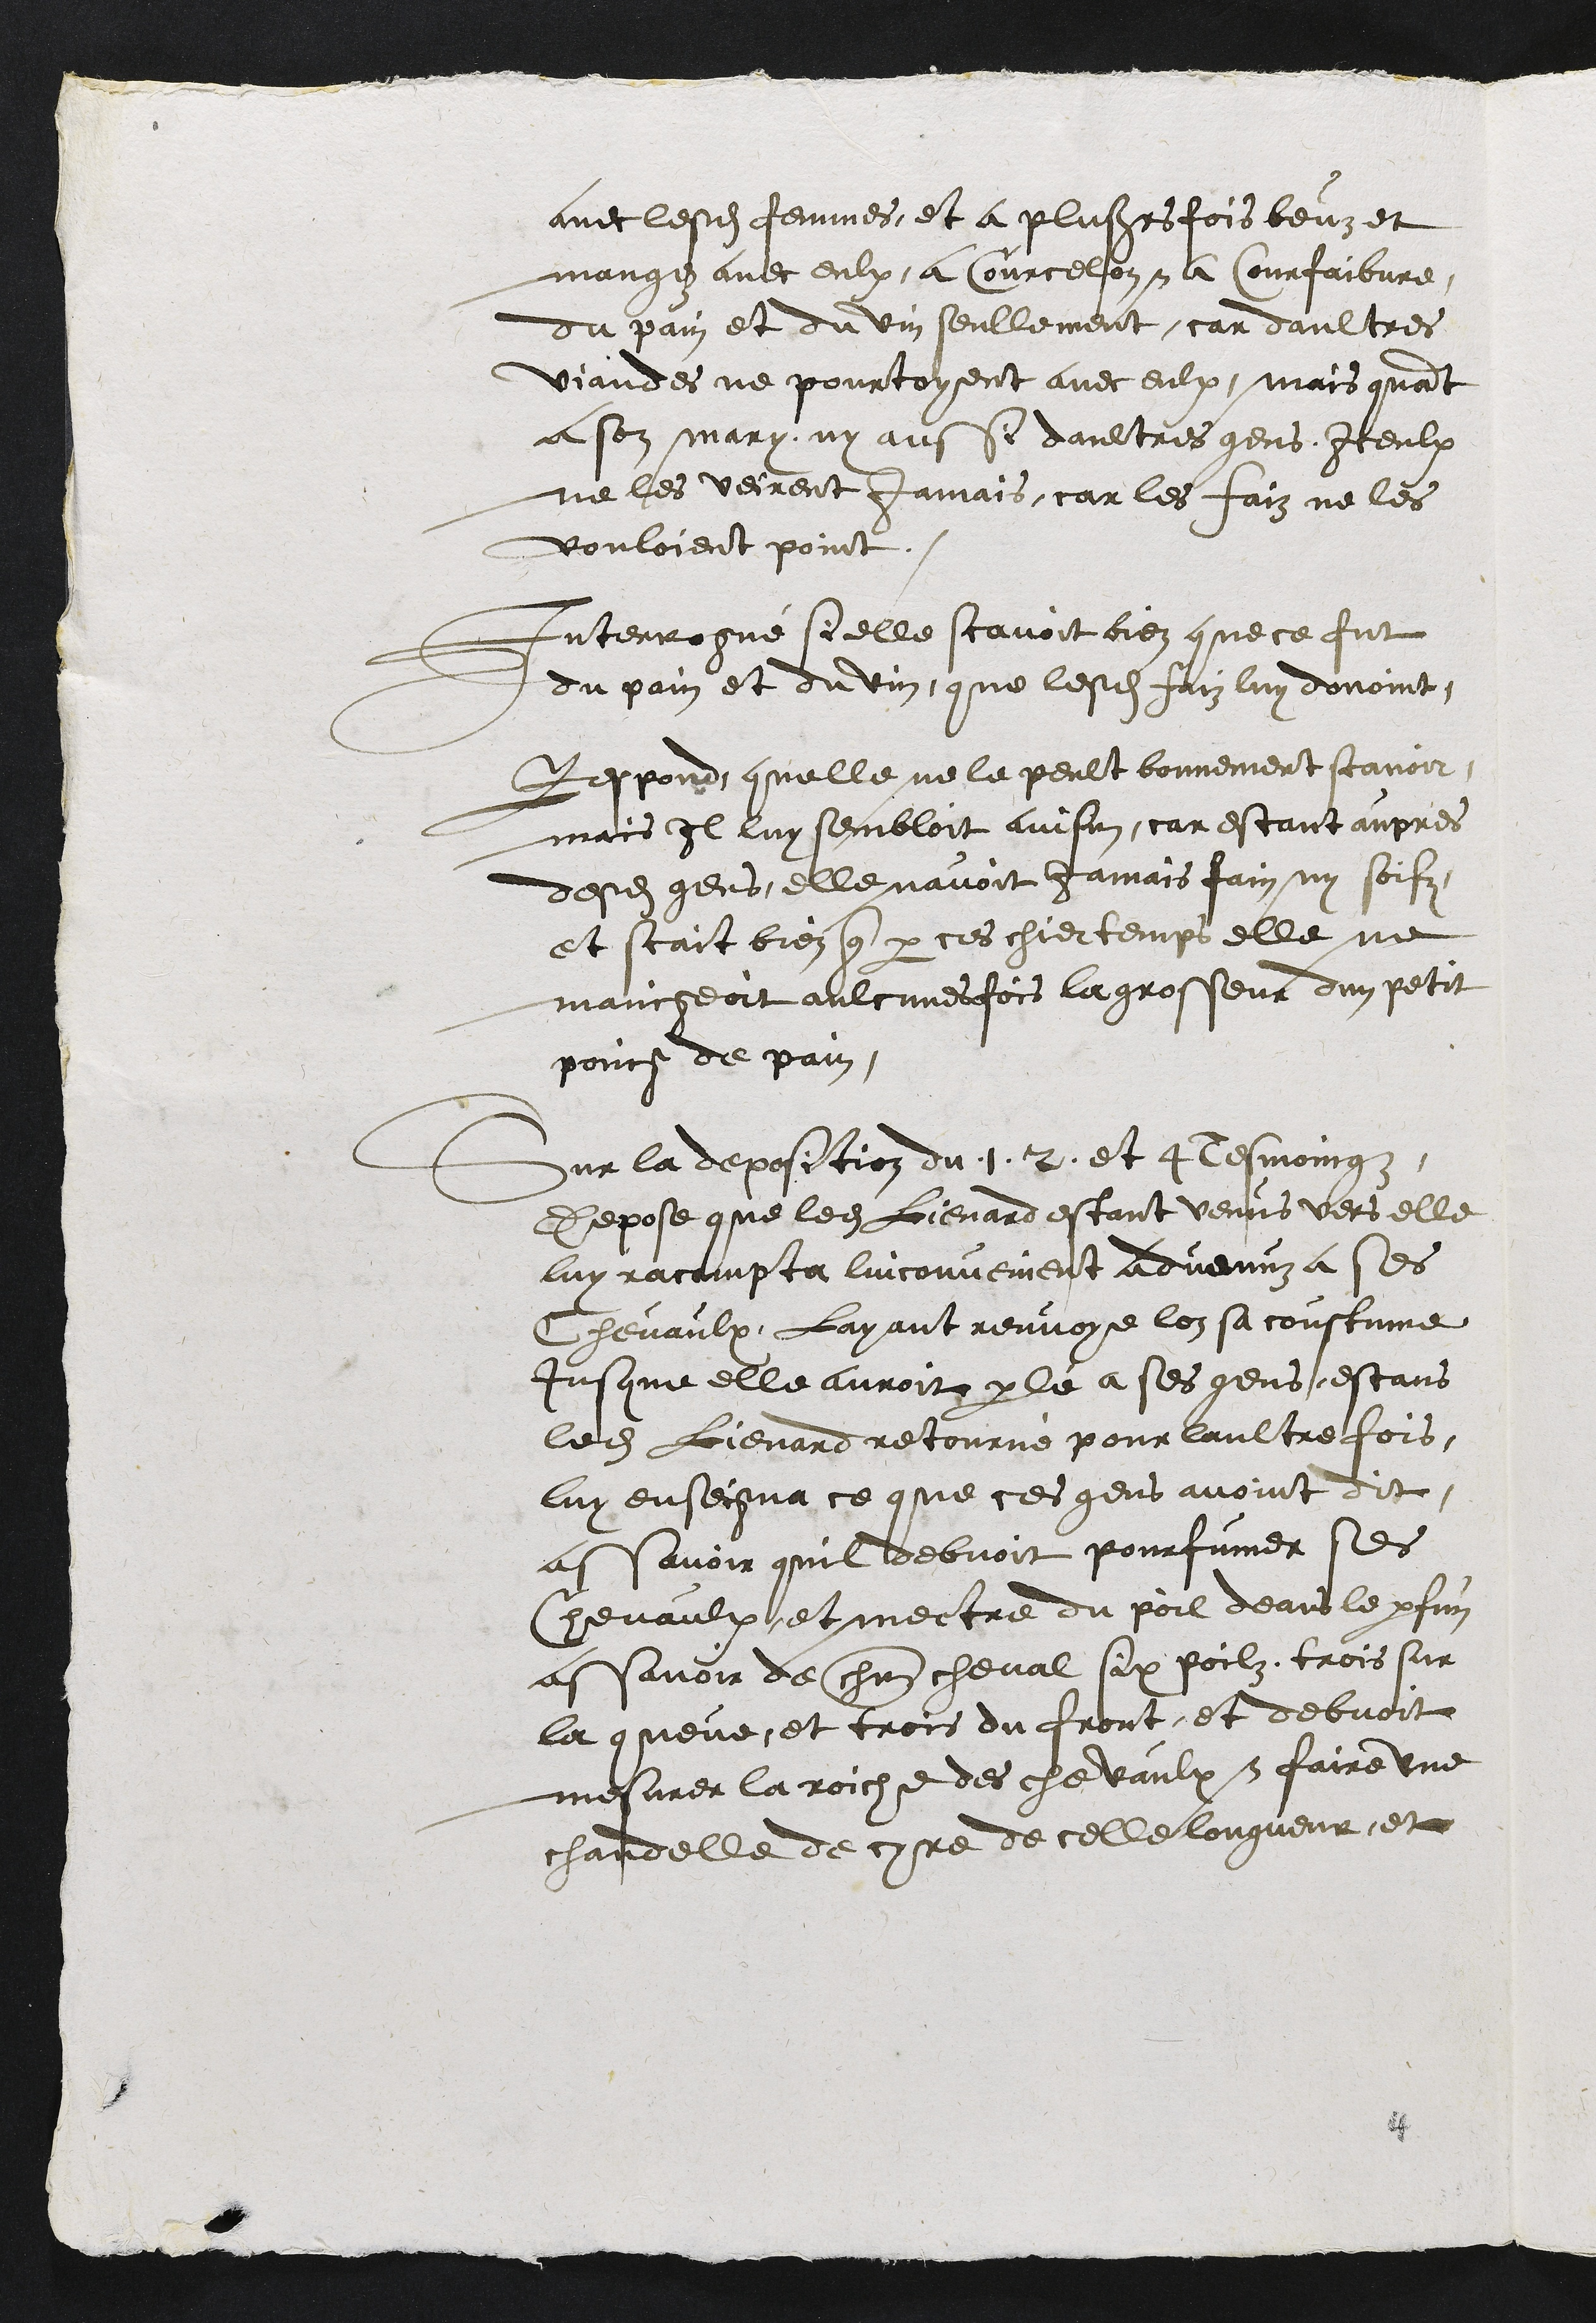
avec lesdites femmes, et a plusieurs fois beuz et
mangez avec eulx, a Courcelon et a Courfaibvre,
du pain et du vin seullement, car daultres
viandes ne pourtoyent avec eulx, mais quant
a son mary, ny aussi daultres gens Iceulx
ne les veirent jamais car les faiz ne les
vouloient point.
Interrogué si elle scavoit bien que ce fut
du pain et du vin, que lesdites faiz luy donoint
Respond quelle ne le peult bonnement scavoir,
mais Il luy sembloit ainsin car estant aupres
desdites gens, elle navoit Jamais fain ny soifz
et scait bien que par ces chier temps elle ne
mangeoit aulcunes fois la grosseur dun petit
poing de pain,
Sur la deposition du 1. 2. et 4 tesmoingz
Depose que ledit Lienard estant venus vers elle
luy racompta linconvenient advenuz a ses
Chevaulx, Layant renvoye lon sa coustume
jusque elle auroit parlé a ses gens, estans
ledit Lienard retourné pour laultre fois,
luy enseigna ce que ces gens avoint dit.
assavoir quil debvoit pourfumer ses
Chevaulx, et mectre du poil deans le parfun
assavoir de chn cheval six poilz, trois sur
la queue et trois du front, et debvoit
mesurer la roiche des chevaulx et faire une
chandelle de cyre de celle longueur, et
4